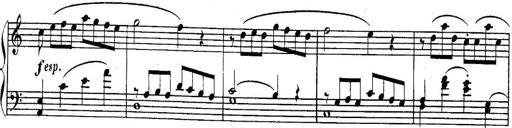
Title: Sonatina for Piano
Composer: BÃ©la BartÃ³k